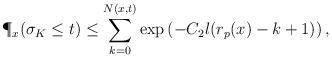
LaTeX: \begin{align*}\P_x(\sigma_K\leq t)\leq \sum_{k=0}^{N(x,t)}\exp\left(-C_2l(r_p(x)-k+1) \right),\end{align*}